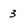
Character: 3